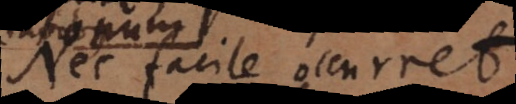
Nec facile occuret